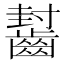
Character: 𱌟